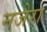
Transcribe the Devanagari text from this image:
नजेरा